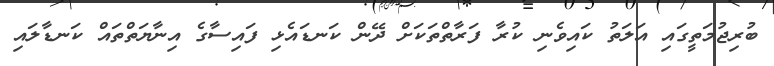
ބުރިޖުމަތީގައި އަލަތު ކައިވެނި ކުރާ ފަރާތްތަކަށް ދޭން ކަނޑައެޅި ފައިސާގެ އިނާޔަތްތައް ކަނޑާލައި